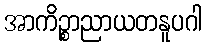
အာကိဉ္စာညာယတနူပဂါ